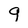
Character: 9